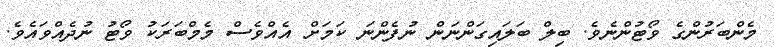
މެންބަރުންގެ ވޯޓުންނެވެ. ބިލް ބަލައިގަންނަން ނުފެންނަ ކަމަށް އެއްވެސް މެމްބަރަކު ވޯޓު ނުދެއްވައެވެ.